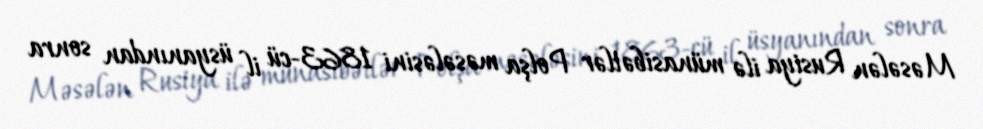
Məsələn Rusiya ilə münasibətlər Polşa məsələsini 1863-cü il üsyanından sonra